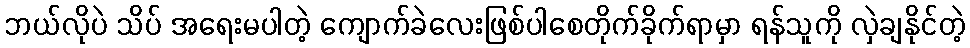
ဘယ်လိုပဲ သိပ် အရေးမပါတဲ့ ကျောက်ခဲလေးဖြစ်ပါစေတိုက်ခိုက်ရာမှာ ရန်သူကို လှဲချနိုင်တဲ့